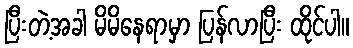
ပြီးတဲ့အခါ မိမိနေရာမှာ ပြန်လာပြီး ထိုင်ပါ။